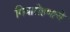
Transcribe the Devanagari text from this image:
गियारोहणाचे